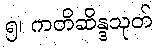
၅၊ ကတိဆိန္ဒသုတ်